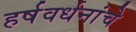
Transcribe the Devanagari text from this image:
हर्षवर्धनांचे